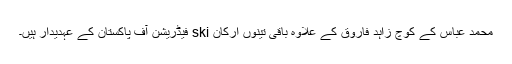
محمد عباس کے کوچ زاہد فاروق کے علاوہ باقی تینوں ارکان ski فیڈریشن آف پاکستان کے عہدیدار ہیں۔